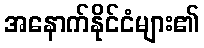
အနောက်နိုင်ငံများ၏